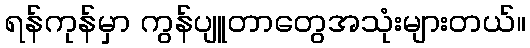
ရန်ကုန်မှာ ကွန်ပျူတာတွေအသုံးများတယ်။